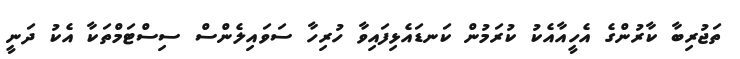
ތަޖުރިބާ ކާރުންގެ އެހީއާއެކު ކުރަމުން ކަނޑައެޅިފައިވާ ހުރިހާ ސަވައިލެންސް ސިސްޓަމްތަކާ އެކު ދަނީ